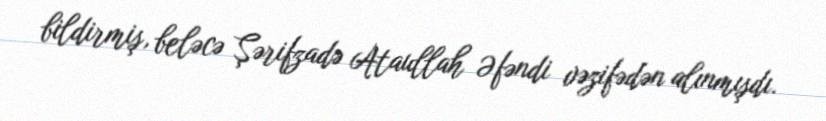
bildirmiş, beləcə Şərifzadə Ataullah Əfəndi vəzifədən alınmışdı.